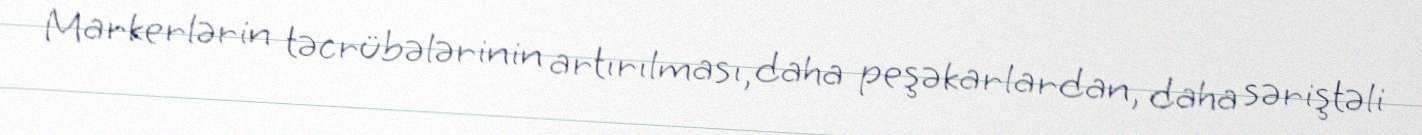
Markerlərin təcrübələrinin artırılması, daha peşəkarlardan, daha səriştəli